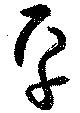
平